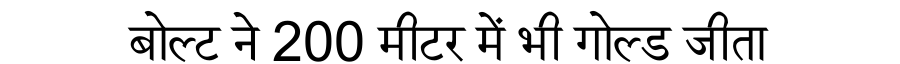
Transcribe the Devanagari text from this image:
बोल्ट ने 200 मीटर में भी गोल्ड जीता